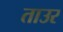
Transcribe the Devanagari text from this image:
ताउर